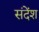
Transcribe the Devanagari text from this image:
संदेंश